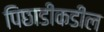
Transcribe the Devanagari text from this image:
पिछाडीकडील